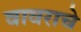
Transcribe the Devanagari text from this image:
वावराचे